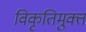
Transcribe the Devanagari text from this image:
विकृतिमुक्त